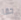
حقا